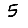
Digit: 5